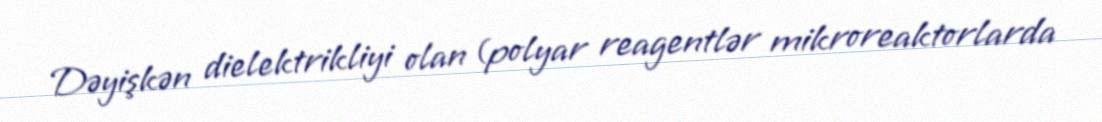
Dəyişkən dielektrikliyi olan (polyar reagentlər mikroreaktorlarda